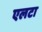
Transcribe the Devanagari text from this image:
एलटा